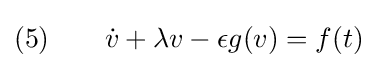
(5)\qquad {\dot {v}}+\lambda v-\epsilon g(v)=f(t)